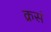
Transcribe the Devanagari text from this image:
क्रसं